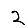
Digit: 2